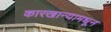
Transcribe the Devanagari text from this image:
कारखान्यामधून